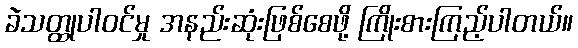
ခဲသတ္ထုပါဝင်မှု အနည်းဆုံးဖြစ်စေဖို့ ကြိုးစားကြည့်ပါတယ်။